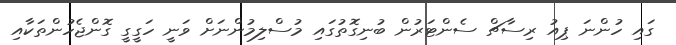
ގައި ހުންނަ ޕިއު ރިސާޗް ސެންޓަރުން ބުނިގޮތުގައި މުސްލިމުންނަށް ވަނީ ހަގީގީ ގޮންޖެހުންތަކާއި